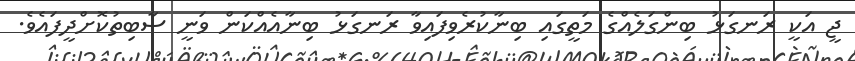
ޖީ އަކީ ރަނގަޅު ބިންގަލެއްގެ މަތީގައި ބިނާކުރެވިފައިވާ ރަނގަޅު ބިނާއެއްކަން ވަނީ ސާބިތުކޮށްދީފައެވެ.